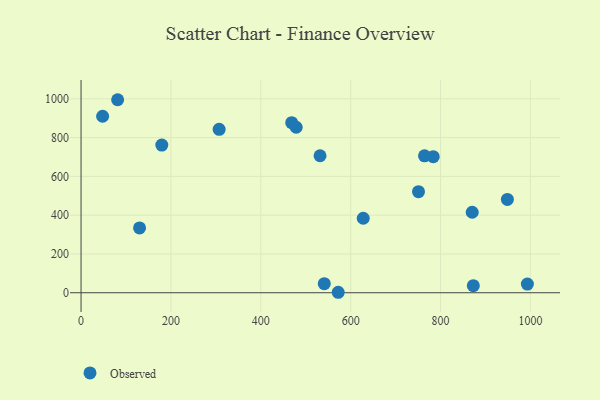
{"axis": {"x": "Engine Size", "y": "Demand"}, "legend": ["Observed"], "data": [{"x": "751.0", "y": 521.0, "type": "Observed"}, {"x": "179.7", "y": 761.7, "type": "Observed"}, {"x": "531.9", "y": 706.4, "type": "Observed"}, {"x": "541.3", "y": 47.0, "type": "Observed"}, {"x": "81.4", "y": 995.4, "type": "Observed"}, {"x": "478.8", "y": 853.5, "type": "Observed"}, {"x": "307.3", "y": 843.0, "type": "Observed"}, {"x": "572.3", "y": 2.4, "type": "Observed"}, {"x": "628.0", "y": 384.1, "type": "Observed"}, {"x": "764.4", "y": 706.0, "type": "Observed"}, {"x": "48.0", "y": 910.1, "type": "Observed"}, {"x": "130.2", "y": 334.3, "type": "Observed"}, {"x": "873.0", "y": 36.4, "type": "Observed"}, {"x": "870.5", "y": 415.1, "type": "Observed"}, {"x": "993.3", "y": 44.6, "type": "Observed"}, {"x": "783.8", "y": 701.6, "type": "Observed"}, {"x": "948.8", "y": 481.0, "type": "Observed"}, {"x": "468.8", "y": 876.8, "type": "Observed"}]}